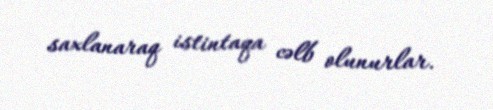
saxlanaraq istintaqa cəlb olunurlar.